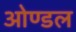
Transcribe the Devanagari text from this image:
ओण्डल